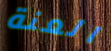
العنة